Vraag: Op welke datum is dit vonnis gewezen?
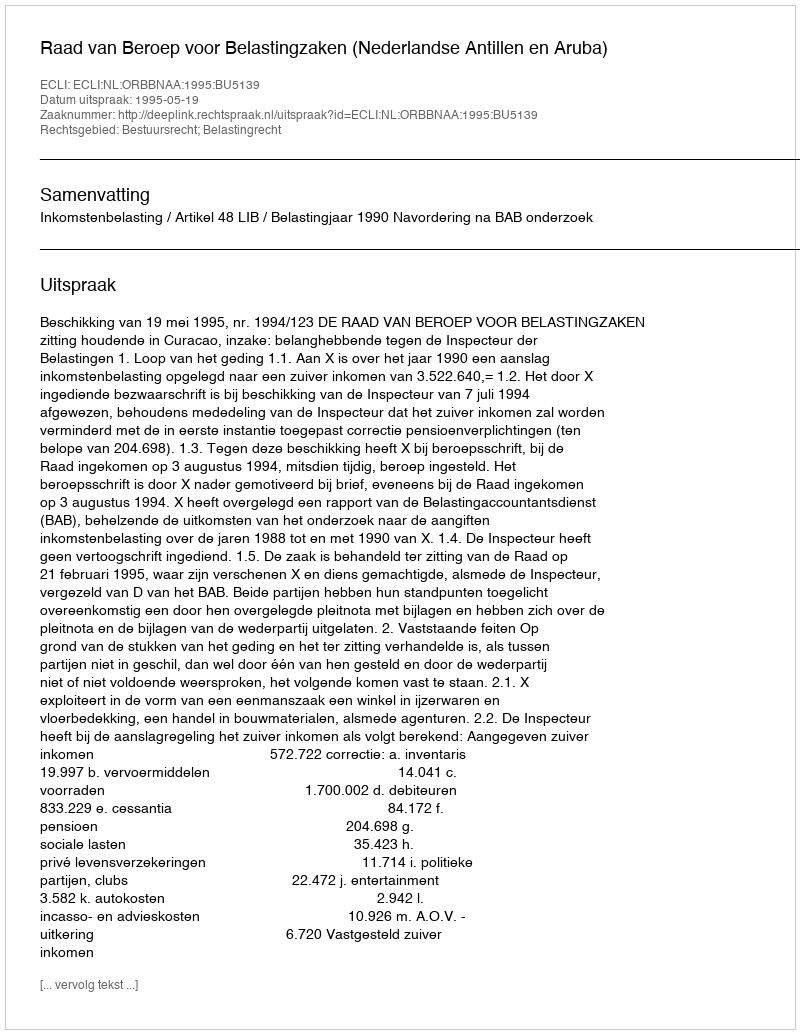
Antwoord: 1995-05-19